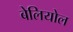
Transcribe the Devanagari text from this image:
बेलियोल